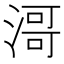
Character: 滒